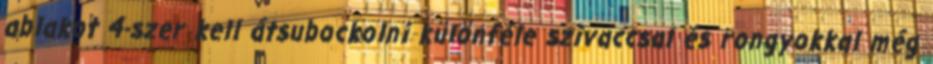
ablakot 4-szer kell átsubockolni különféle szivaccsal és rongyokkal még